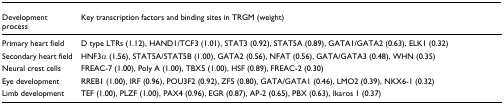
| Development process | Key transcription factors and binding sites in TRGM (weight) |
 | --- | --- |
 | Primary heart field | D type LTRs (1.12), HAND1/TCF3 (1.01), STAT3 (0.92), STAT5A (0.89), GATA1/GATA2 (0.63), ELK1 (0.32) |
 | Secondary heart field | HNF3α (1.56), STAT5A/STAT5B (1.00), GATA2 (0.56), NFAT (0.56), GATA/GATA3 (0.48), WHN (0.35) |
 | Neural crest cells | FREAC-7 (1.00), Poly A (1.00), TBX5 (1.00), HSF (0.89), FREAC-2 (0.30) |
 | Eye development | RREB1 (1.00), IRF (0.96), POU3F2 (0.92), ZF5 (0.80), GATA/GATA1 (0.46), LMO2 (0.39), NKX6-1 (0.32) |
 | Limb development | TEF (1.00), PLZF (1.00), PAX4 (0.96), EGR (0.87), AP-2 (0.65), PBX (0.63), Ikaros 1 (0.37) |